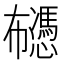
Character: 𰏡